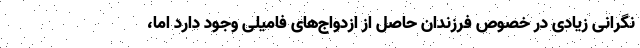
نگرانی زیادی در خصوص فرزندان حاصل از ازدواج‌های فامیلی وجود دارد اما،